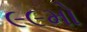
૯૯મો